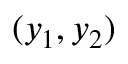
( y _ { 1 } , y _ { 2 } )